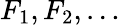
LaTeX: F_{1},F_{2},\dots